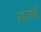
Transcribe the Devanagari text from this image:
सत्यो